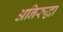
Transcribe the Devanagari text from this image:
अनिरुद्धा